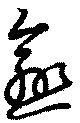
愈